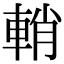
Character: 輎